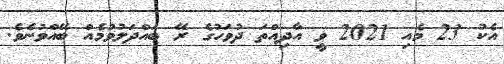
އެކު 23 މެއި 2021 ވީ އާދިއްތަ ދުވަހުގެ ރޭ ބައްދަލުވުމެއް ބޭއްވުނެވެ.